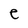
Character: e